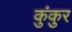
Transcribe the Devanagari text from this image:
कुंकुर